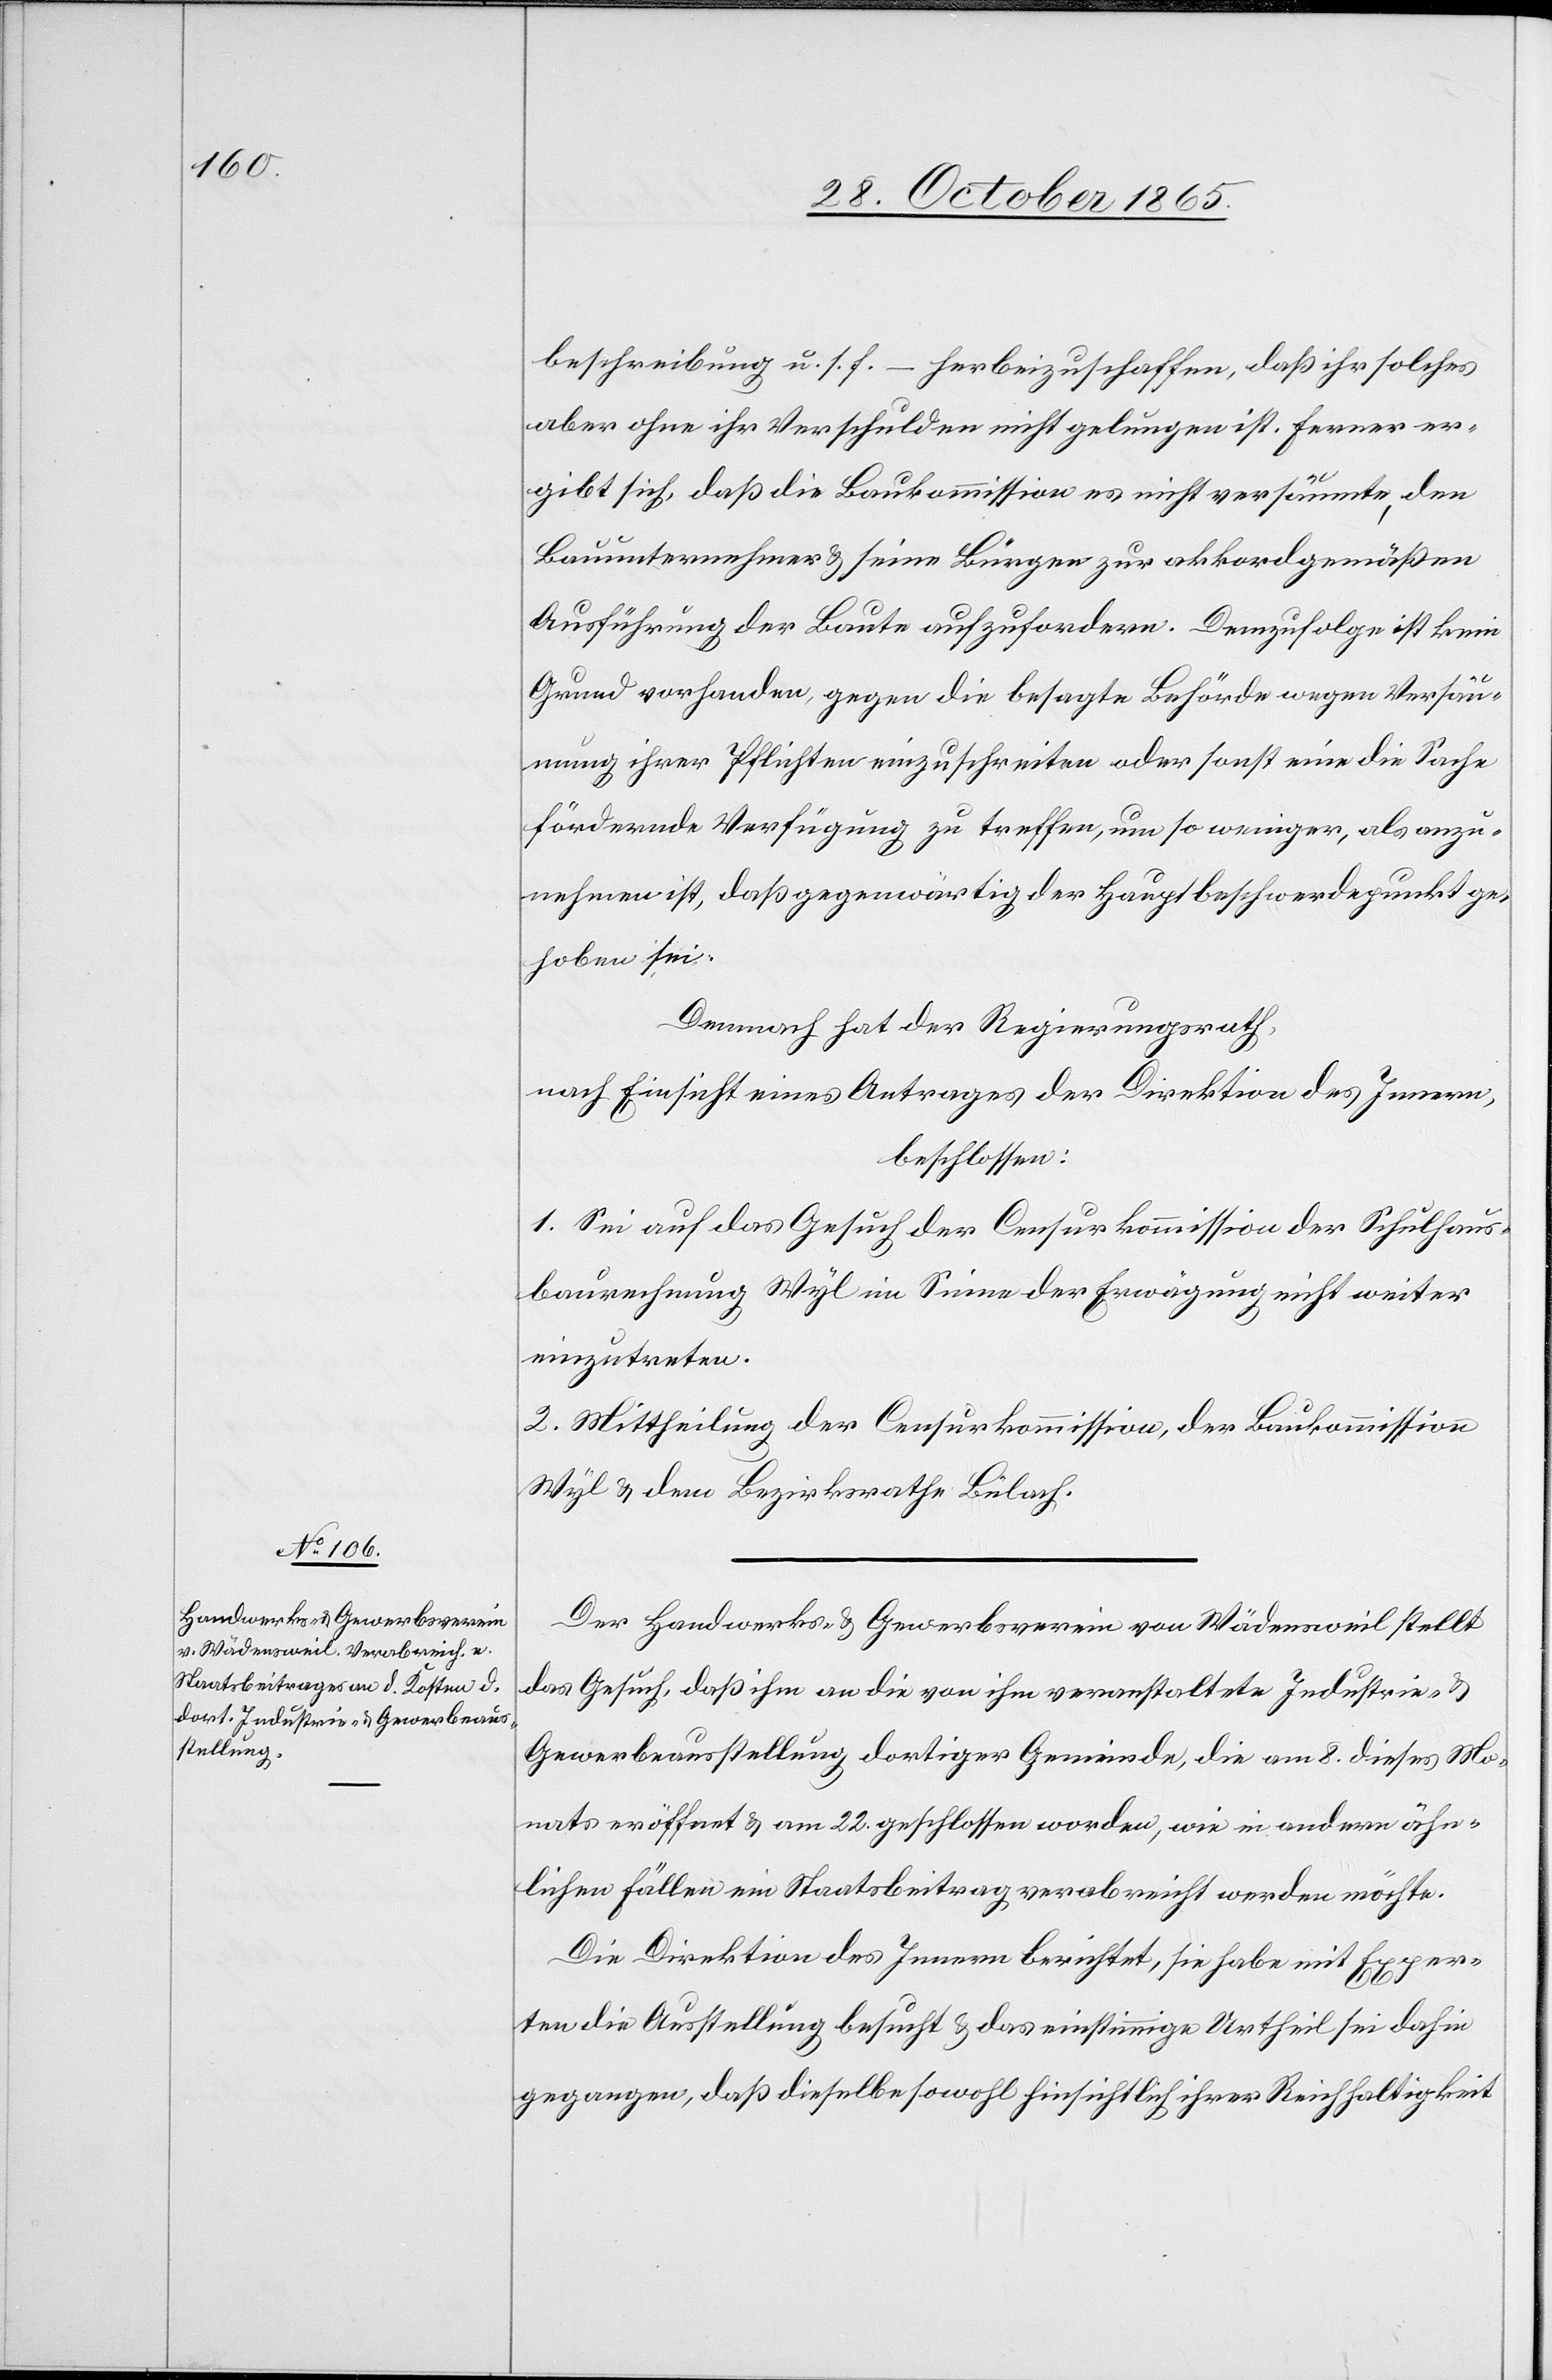
beschreibung u. s. f. – herbeizuschaffen, daß ihr solches
aber ohne ihr Verschulden nicht gelungen ist. Ferner er¬
gibt sich, daß die Baukommission es nicht versäumte, den
Bauunternehmer & seine Bürgen zur akkordgemäßen
Ausführung der Baute aufzufordern. Demzufolge ist kein
Grund vorhanden, gegen die besagte Behörde wegen Versäu¬
mung ihrer Pflichten einzuschreiten oder sonst eine die Sache
fördernde Verfügung zu treffen, um so weniger, als anzu¬
nehmen ist, daß gegenwärtig der Hauptbeschwerdepunkt ge¬
hoben sei.
Demnach hat der Regierungsrath,
nach Einsicht eines Antrages der Direktion des Innern,
beschlossen:
1. Sei auf das Gesuch der Censurkommission der Schulhaus¬
baurechnung Wyl im Sinne der Erwägung nicht weiter
einzutreten.
2. Mittheilung der Censurkommission, der Baukommission
Wyl & dem Bezirksrathe Bülach.
Der Handwerks- & Gewerbsverein von Wädensweil stellt
das Gesuch, daß ihm an die von ihm veranstaltete Industrie- &
Gewerbeausstellung dortiger Gemeinde, die am 8. dieses Mo¬
nats eröffnet & am 22. geschlossen worden, wie in andern ähn¬
lichen Fällen ein Staatsbeitrag verabreicht werden möchte.
Die Direktion des Innern berichtet, sie habe mit Exper¬
ten die Ausstellung besucht & das einstimmige Urtheil sei dahin
gegangen, daß dieselbe sowohl hinsichtlich ihrer Reichhaltigkeit